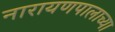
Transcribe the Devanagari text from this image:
नारायणपालाच्या